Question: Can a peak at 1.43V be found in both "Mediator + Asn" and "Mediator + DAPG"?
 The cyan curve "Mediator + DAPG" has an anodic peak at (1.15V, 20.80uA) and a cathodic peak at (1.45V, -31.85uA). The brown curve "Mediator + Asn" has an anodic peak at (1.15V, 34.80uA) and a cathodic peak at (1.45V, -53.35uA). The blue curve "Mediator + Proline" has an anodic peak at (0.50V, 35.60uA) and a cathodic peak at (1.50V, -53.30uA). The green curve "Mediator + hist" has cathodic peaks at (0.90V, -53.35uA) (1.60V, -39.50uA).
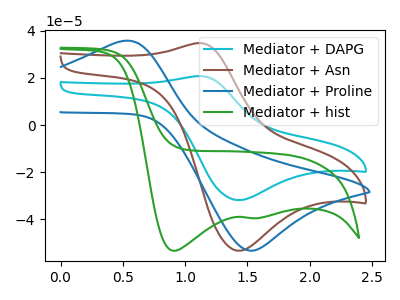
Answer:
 <answer>Yes, "Mediator + Asn" and "Mediator + DAPG" share a peak at 1.43V.</answer>
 <eval>match</eval>